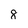
Character: 8